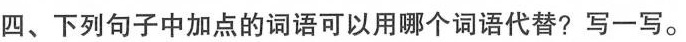
四、下列句子中加点的词语可以用哪个词语代替?写一写。